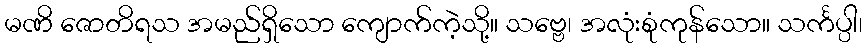
မဏိ ဇောတိရသ အမည်ရှိသော ကျောက်ကဲ့သို့။ သဗ္ဗေ၊ အလုံးစုံကုန်သော။ သင်္ကပ္ပါ၊